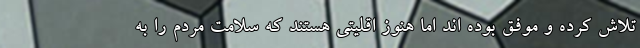
تلاش کرده و موفق بوده اند اما هنوز اقلیتی هستند که سلامت مردم را به